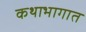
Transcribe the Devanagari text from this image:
कथाभागात